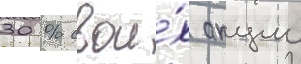
30 % свои́х акции